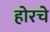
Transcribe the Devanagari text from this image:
होरचे